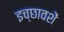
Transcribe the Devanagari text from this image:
इच्छावशें